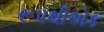
રૂપથીએક